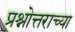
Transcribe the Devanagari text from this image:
प्रश्नोत्तराच्या